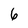
Character: 6